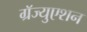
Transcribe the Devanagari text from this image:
ग्रॅज्युएशन